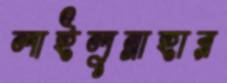
লাইলুন্নাহার